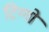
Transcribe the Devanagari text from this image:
टिग्गो